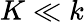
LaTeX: K\ll k